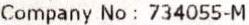
COMPANY NO : 734055-M